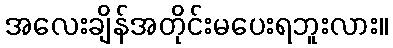
အလေးချိန်အတိုင်းမပေးရဘူးလား။